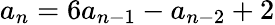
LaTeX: a_{n}=6a_{n-1}-a_{n-2}+2